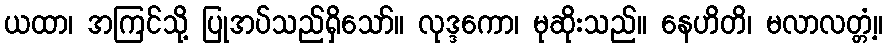
ယထာ၊ အကြင်သို့ ပြုအပ်သည်ရှိသော်။ လုဒ္ဒကော၊ မုဆိုးသည်။ နေဟိတိ၊ မလာလတ္တံ့။